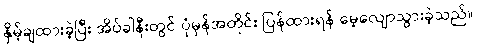
နှိမ့်ချထားခဲ့ပြီး အိပ်ခါနီးတွင် ပုံမှန်အတိုင်း ပြန်ထားရန် မေ့လျောသွားခဲ့သည်။